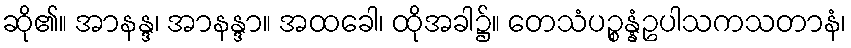
ဆို၏။ အာနန္ဒ၊ အာနန္ဒာ။ အထခေါ၊ ထိုအခါ၌။ တေသံပဉ္စန္နံဥပါသကသတာနံ၊